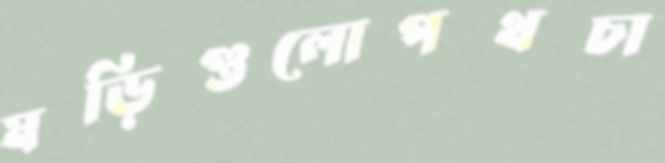
ঘড়িগুলোপথচা